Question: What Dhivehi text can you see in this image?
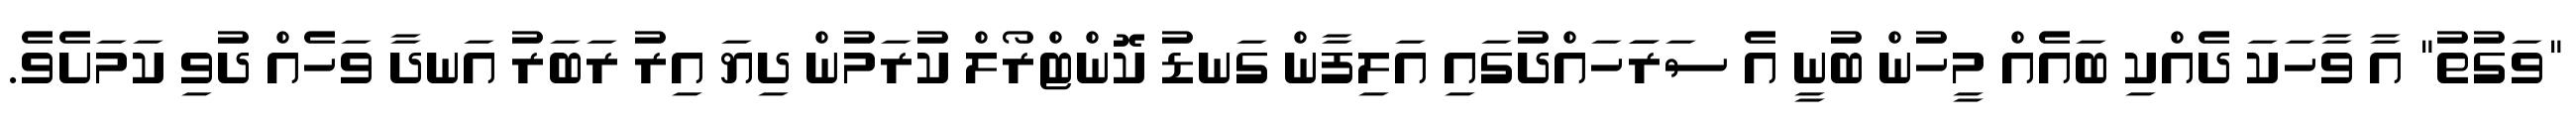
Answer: "ވަގުތު" އާ ވާހަކަ ދެއްކި ބައެއް މީހުން ބުނީ އެ ސަރަަހައްދުގައި އަލިފާން ގަނޑު ކޮންޓްރޯލް ކުރަމުން ދިޔަ އިރު ރަބަރު އަނދާ ވަހެއް ދުވި ކަމަށެވެ.